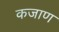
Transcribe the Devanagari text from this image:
कजाण